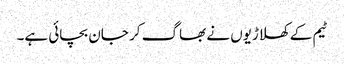
ٹیم کے کھلاڑیوں نے بھاگ کر جان بچائی ہے۔